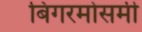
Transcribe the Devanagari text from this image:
बिगरमोसमी